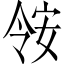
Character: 𫣃